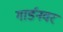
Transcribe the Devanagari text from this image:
गार्डनवर